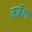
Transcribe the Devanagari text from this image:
मार्बेला